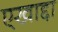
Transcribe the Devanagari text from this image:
एखाद्दा